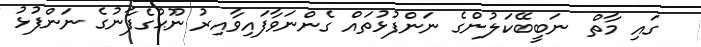
ގައި މާތް  ނަބީބޭކަލުންގެ ނަންފުޅުތައް ގެންނަވާފައިވާއިރު ނޫޙުގެފާނުގެ ނަންފުޅު